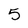
Character: 5